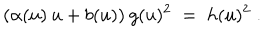
LaTeX: ( \alpha ( u ) \: u + b ( u ) ) \: g ( u ) ^ { 2 } \; = \; h ( u ) ^ { 2 } \; .